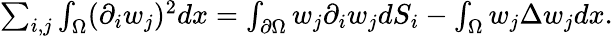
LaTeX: \begin{array}{r}{\sum_{i,j}\int_{\Omega}(\partial_{i}w_{j})^{2}dx=\int_{\partial\Omega}w_{j}\partial_{i}w_{j}dS_{i}-\int_{\Omega}w_{j}\Delta w_{j}dx.}\end{array}